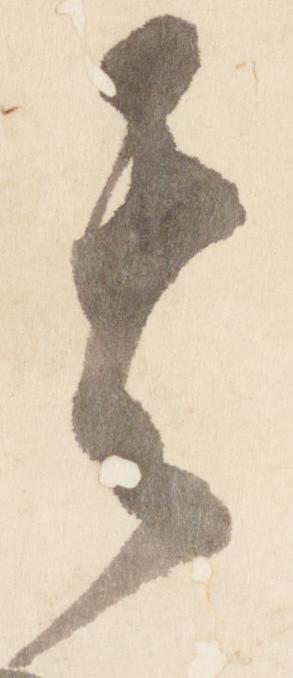
其